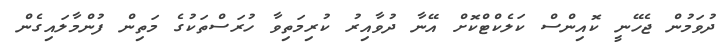
ދުވަމުން ޖެހޭނީ ކޮއިންސް ކަލެކްޓްކޮށް އޭނާ ދުވާއިރު ކުރިމަތިވާ ހުރަސްތަކުގެ މަތިން ފުންމާލައިގެން